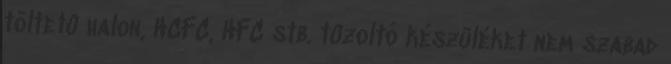
töltetû halon, HCFC, HFC stb. tûzoltó készüléket nem szabad